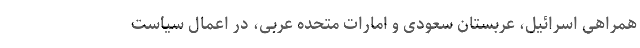
همراهی اسرائیل، عربستان سعودی و امارات متحده عربی، در اعمال سیاست